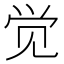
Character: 觉